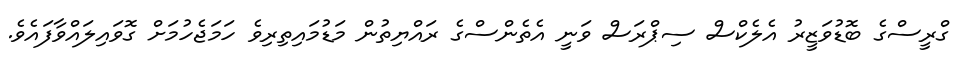
ގްރީސްގެ ބޮޑުވަޒީރު އެލެކްސް ސިޕްރަސް ވަނީ އެތެންސްގެ ރައްޔިތުން މަޑުމައިތިރިވެ ހަމަޖެހުމަށް ގޮވައިލައްވާފައެވެ.